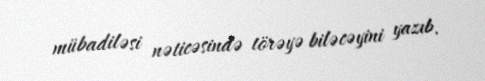
mübadiləsi nəticəsində törəyə biləcəyini yazıb.